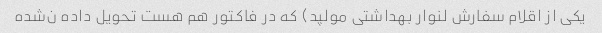
یکی از اقلام سفارش لنوار بهداشتی مولپد) که در فاکتور هم هست تحویل داده ن‌شده